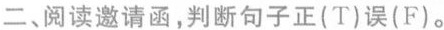
二、阅读邀请函，判断句子正（F）误（T）